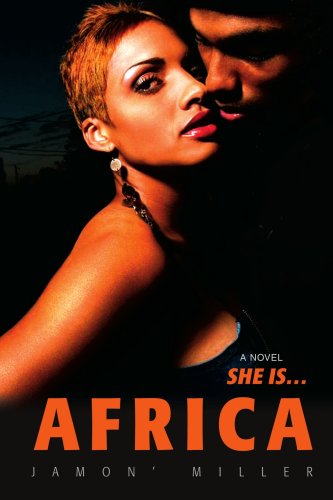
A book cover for Africa; Jamon' Miller; Teen & Young Adult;